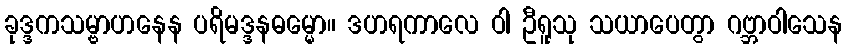
ခုဒ္ဒကသမ္ဗာဟနေန ပရိမဒ္ဒနဓမ္မော။ ဒဟရကာလေ ဝါ ဦရူသု သယာပေတွာ ဂဗ္ဘာဝါသေန